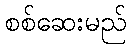
စစ်ဆေးမည်